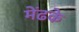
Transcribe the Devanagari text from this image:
मेंढके